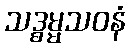
သဒ္ဓမ္မသဝနံ